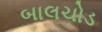
બાલચોડ